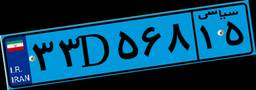
۳۳D۵۶۸۱۵